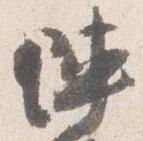
陣